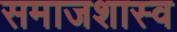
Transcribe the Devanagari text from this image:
समाजशास्व